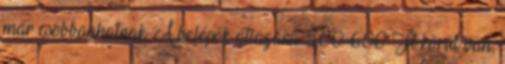
már csobbanhatnak. A belépők átlagára 500-600 Ft körül van,